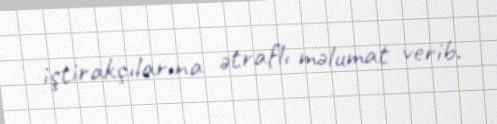
iştirakçılarına ətraflı məlumat verib.